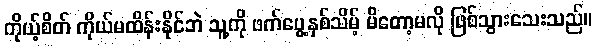
ကိုယ့်စိတ် ကိုယ်မထိန်းနိုင်ဘဲ သူ့ကို ဖက်ပွေ့နှစ်သိမ့် မိတော့မလို ဖြစ်သွားသေးသည်။